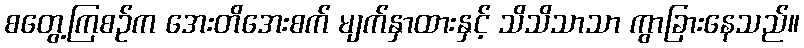
စတွေ့ကြစဉ်က အေးတိအေးစက် မျက်နှာထားနှင့် သိသိသာသာ ကွာခြားနေသည်။